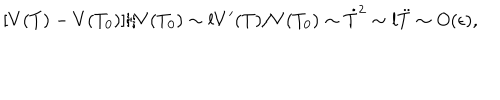
[ V ( T ) - V ( T _ { 0 } ) ] / V ( T _ { 0 } ) \sim l V ^ { \prime } ( T ) / V ( T _ { 0 } ) \sim \dot { T } ^ { 2 } \sim l \ddot { T } \sim O ( \epsilon ) ,